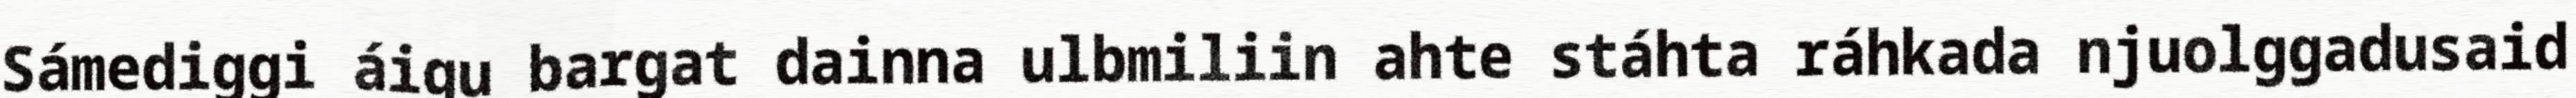
Sámediggi áigu bargat dainna ulbmiliin ahte stáhta ráhkada njuolggadusaid